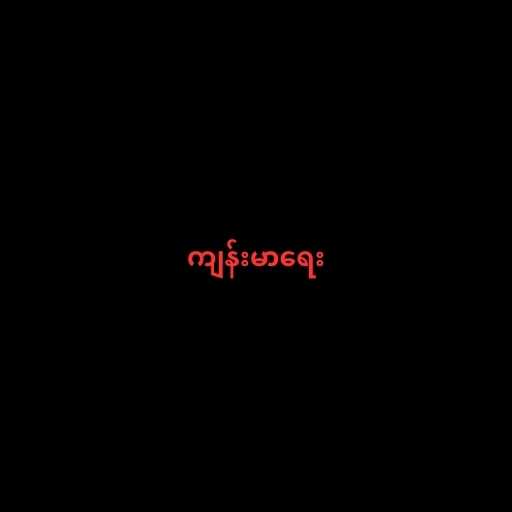
ကျန်းမာရေး